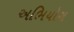
અભિયોગ